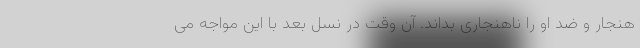
هنجار و ضد او را ناهنجاری بداند. آن وقت در نسل بعد با این مواجه می